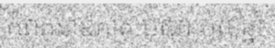
កំពតនាឱកាសបុណ្យចូលឆ្នាំ